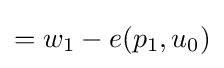
=w_{1}-e(p_{1},u_{0})